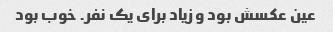
عین عکسش بود و زیاد برای یک نفر. خوب بود